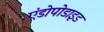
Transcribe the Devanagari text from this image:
एंडोपोडाइड